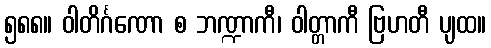
၅၈၈။ ဝါတိင်္ဂဏော စ ဘဏ္ဍာကီ၊ ဝါတ္တာကီ ဗြဟတီ ပျထ။